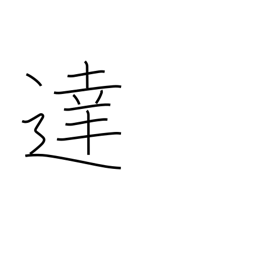
Meaning: reach